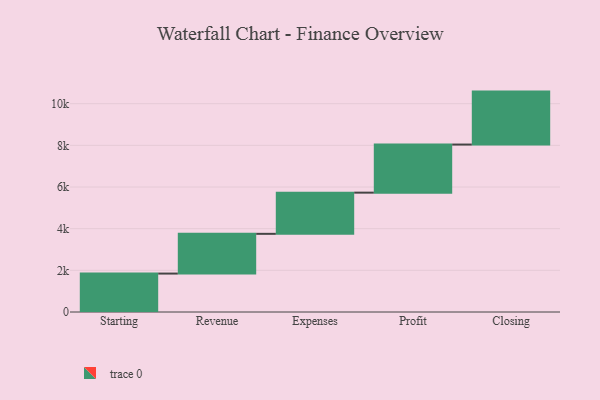
{"axis": {"x": "Step", "y": "Value"}, "legend": [""], "data": [{"x": "Starting", "y": 1845.0, "type": ""}, {"x": "Revenue", "y": 1907.0, "type": ""}, {"x": "Expenses", "y": 1977.0, "type": ""}, {"x": "Profit", "y": 2309.0, "type": ""}, {"x": "Closing", "y": 2542.0, "type": ""}]}